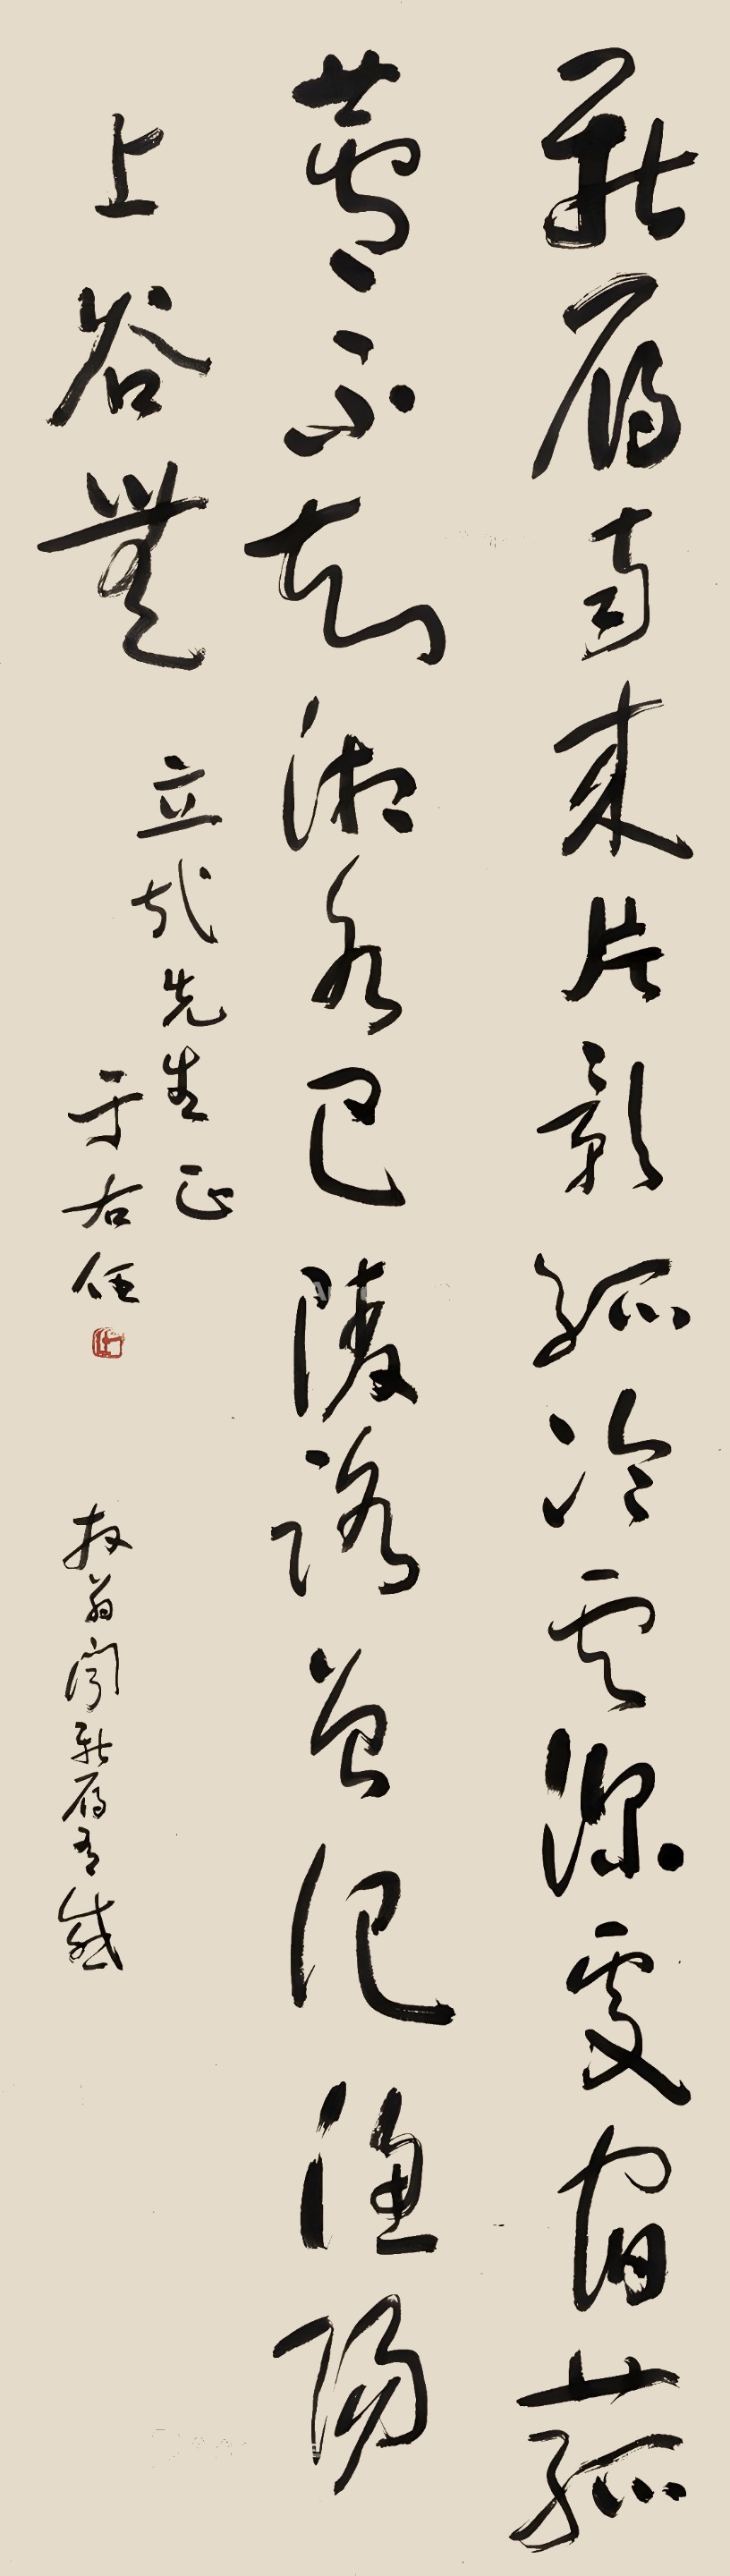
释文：新雁南来片影孤，冷云深处宿菰芦。不知湘水巴陵路，曾记渔阳上谷无。放翁《闻新雁有感》。立哉先生正，于右任。